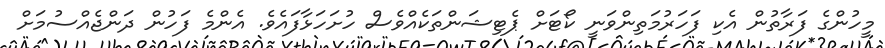
މީހުންގެ ފަރާތުން އެކި ފަހަރުމަތިންވަނީ ކޯޓަށް ޕެޓިޝަންތަކެއްވެސް ހުށަހަޅާފައެވެ. އެންމެ ފަހުން ދަންޖެެއްސުމަށް